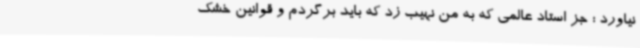
نیاورد ؛ جز استاد عالمی که به من نهیب زد که باید برگردم و قوانین خشک